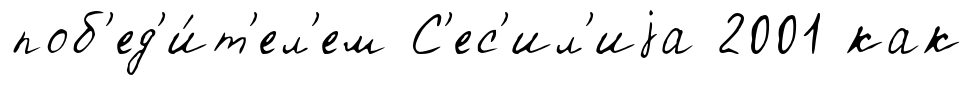
поб'ед'и́т'ел'ем С'ес'ил'иjа 2001 как